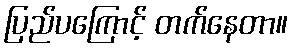
ပြည်ပကြောင့် တက်နေတာ။